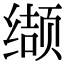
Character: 缬